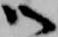
御